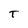
Character: T